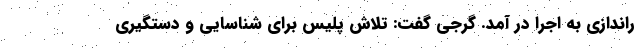
راندازی به اجرا در آمد. گرجی گفت: تلاش پلیس برای شناسایی و دستگیری